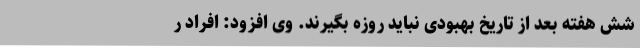
شش هفته بعد از تاریخ بهبودی نباید روزه بگیرند. وی افزود: افرادِ ر